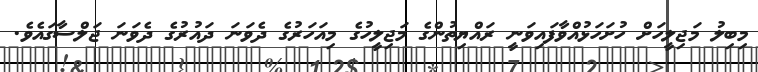
މިބިލު މަޖިލީހަށް ހުށަހަޅުއްވާފައިވަނީ ރައްޔިތުންގެ މަޖިލީހުގެ މިއަހަރުގެ ދެވަނަ ދައުރުގެ ދެވަނަ ޖަލްސާގައެވެ.